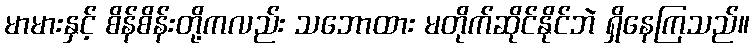
မာမားနှင့် စိန်စိန်းတို့ကလည်း သဘောထား မတိုက်ဆိုင်နိုင်ဘဲ ရှိနေကြသည်။